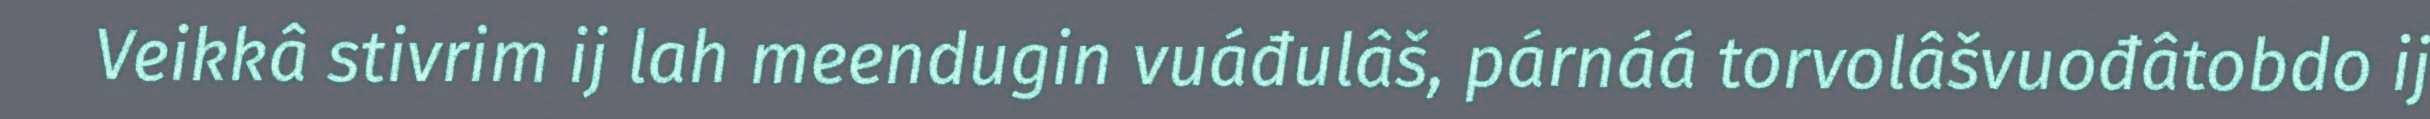
Veikkâ stivrim ij lah meendugin vuáđulâš, párnáá torvolâšvuođâtobdo ij